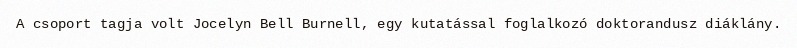
A csoport tagja volt Jocelyn Bell Burnell, egy kutatással foglalkozó doktorandusz diáklány.